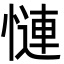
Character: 慩